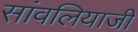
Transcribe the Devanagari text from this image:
सांवलियाजी